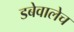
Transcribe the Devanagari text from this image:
डबेवालेच